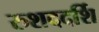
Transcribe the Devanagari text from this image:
रुशददर्शि